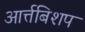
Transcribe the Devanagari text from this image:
आर्त्तबिशप